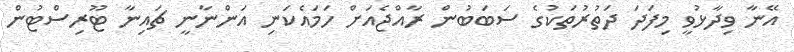
އޭނާ ވިދާޅުވީ މިފަދަ ދަތުރުތަކުގެ ސަބަބުން ރާއްޖެއަށް ހަމައެކަނި އަންނާނީ ޗައިނާ ޓޫރިސްޓުން